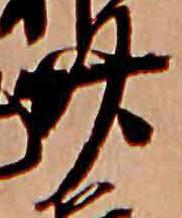
廿